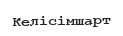
Келісімшарт